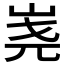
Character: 𰎔